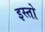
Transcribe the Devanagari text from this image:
इस्तो